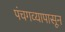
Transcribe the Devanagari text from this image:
पंचगव्यापासून